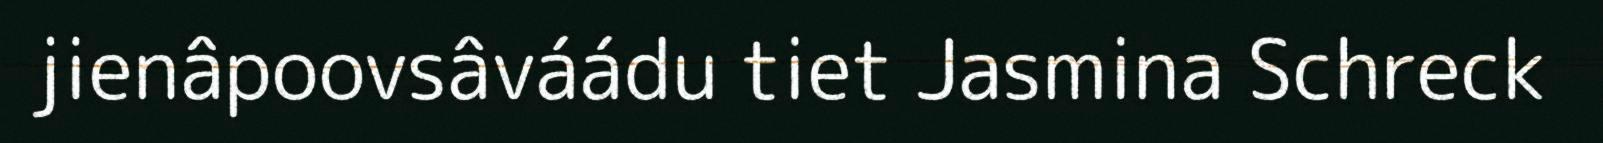
jienâpoovsâváádu tiet Jasmina Schreck